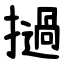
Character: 撾